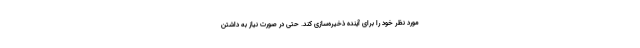
مورد نظر خود را برای آینده ذخیره‌سازی کند. حتی در صورت نیاز به داشتن